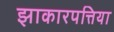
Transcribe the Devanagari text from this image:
झाकारपत्तिया